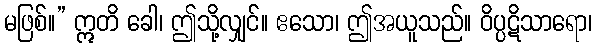
မဖြစ်။” ဣတိ ခေါ၊ ဤသို့လျှင်။ ဧသော၊ ဤအယူသည်။ ဝိပ္ပဋိသာရော၊